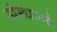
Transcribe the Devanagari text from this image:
खेड्यामधे